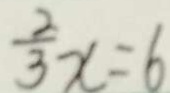
\frac { 2 } { 3 } x = 6